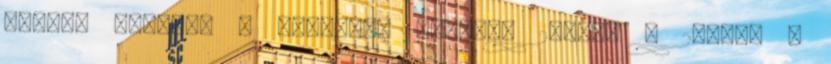
vissza utaljuk A konténer mérete: 28,5cm x 28,5cm x